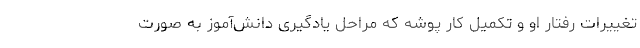
تغییرات رفتار او و تکمیل کار پوشه که مراحل یادگیری دانش‌آموز به صورت